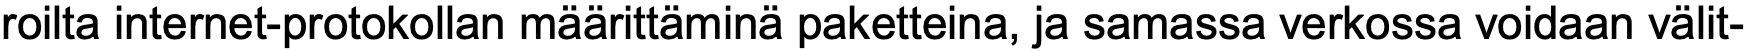
roilta internet-protokollan määrittäminä paketteina, ja samassa verkossa voidaan välit-